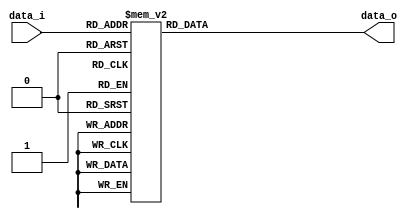
module decoder38(
    input [2:0] data_i,            
    output reg [7:0] data_o 
);
    always @(*) begin
        case (data_i)
            3'b000: data_o = 8'b0000_0001;
            3'b001: data_o = 8'b0000_0010;
            3'b010: data_o = 8'b0000_0100;
            3'b011: data_o = 8'b0000_1000;
            3'b100: data_o = 8'b0001_0000;
            3'b101: data_o = 8'b0010_0000;
            3'b110: data_o = 8'b0100_0000;
            3'b111: data_o = 8'b1000_0000;
        endcase
    end
endmodule